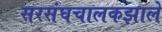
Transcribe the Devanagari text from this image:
सरसंघचालकझाले